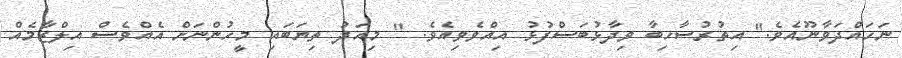
ނަހައްދަވާނޫއެވެ." އިތުރުސާހިބާ ވިދާޅުބަސްފުޅު އިއްވެވިއެވެ. " މިއަދު ތިޔަބައި މީހުންނަށް އެއްވެސް އިލްޒާމެއް